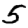
Digit: 5